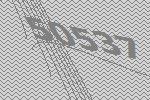
50537